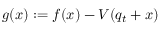
g ( x ) : = f ( x ) - V ( q _ { t } + x )